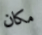
مكان